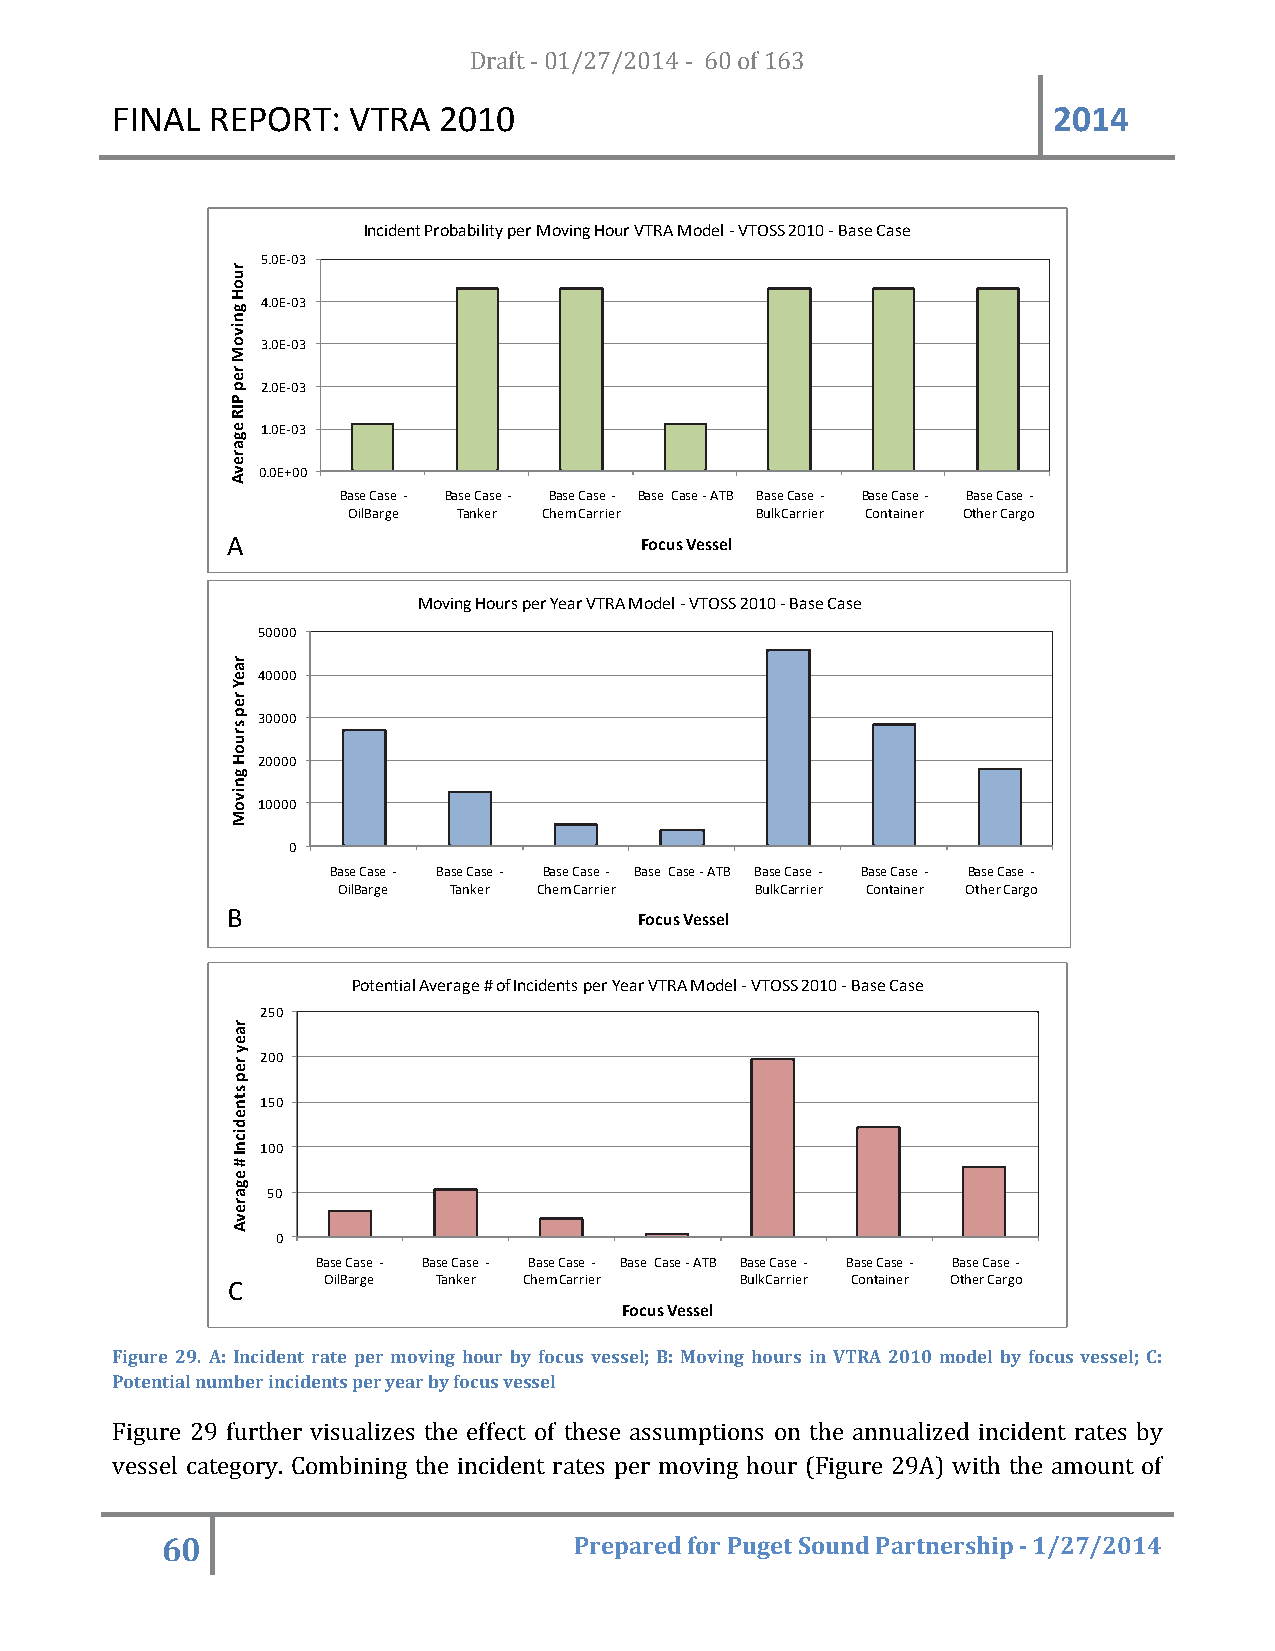
FINAL  REPORT:  VTRA  20D1r0af t - 01/27/2014 - 60 of 163      2014
 Incident Probability per Moving Hour VTRA Model -VTOSS 2010 -Base Case
 5.0E-03
 4.0E-03
 3.0E-03
 2.0E-03
 1.0E-03
 0.0E+00
 Base Case - Base Case - Base Case - Base Case -ATB Base Case - Base Case - Base Case -
 OilBarge Tanker Chem Carrier BulkCarrier Container Other Cargo
 A                          Focus Vessel
 Moving Hours per Year VTRA Model -VTOSS 2010 -Base Case
 50000
 40000
 30000
 20000
 10000
 0
 Base Case - Base Case - Base Case - Base Case -ATB Base Case - Base Case - Base Case -
 OilBarge Tanker Chem Carrier BulkCarrier Container Other Cargo
 B                          Focus Vessel
 Potential Average # of Incidents per Year VTRA Model -VTOSS 2010 -Base Case
 250
 200
 150
 100
 50
 0
 Base Case - Base Case - Base Case - Base Case -ATB Base Case - Base Case - Base Case -
 C     OilBarge Tanker Chem Carrier BulkCarrier Container Other Cargo
 Focus Vessel
 Figure 29. A: Incident rate per moving hour by focus vessel; B: Moving hours in VTRA 2010 model by focus vessel; C:
 Potential number incidents per year by focus vessel
 Figure 29 further visualizes the effect of these assumptions on the annualized incident rates by
 vessel category. Combining the incident rates per moving hour (Figure 29A) with the amount of
 60                         Prepared for Puget Sound Partnership - 1/27/2014
 ruoH
 gnivoM
 rep
 PIR
 egarevA
 raeY
 rep
 sruoH
 gnivoM
 raey
 rep
 stnedicnI
 #
 egarevA